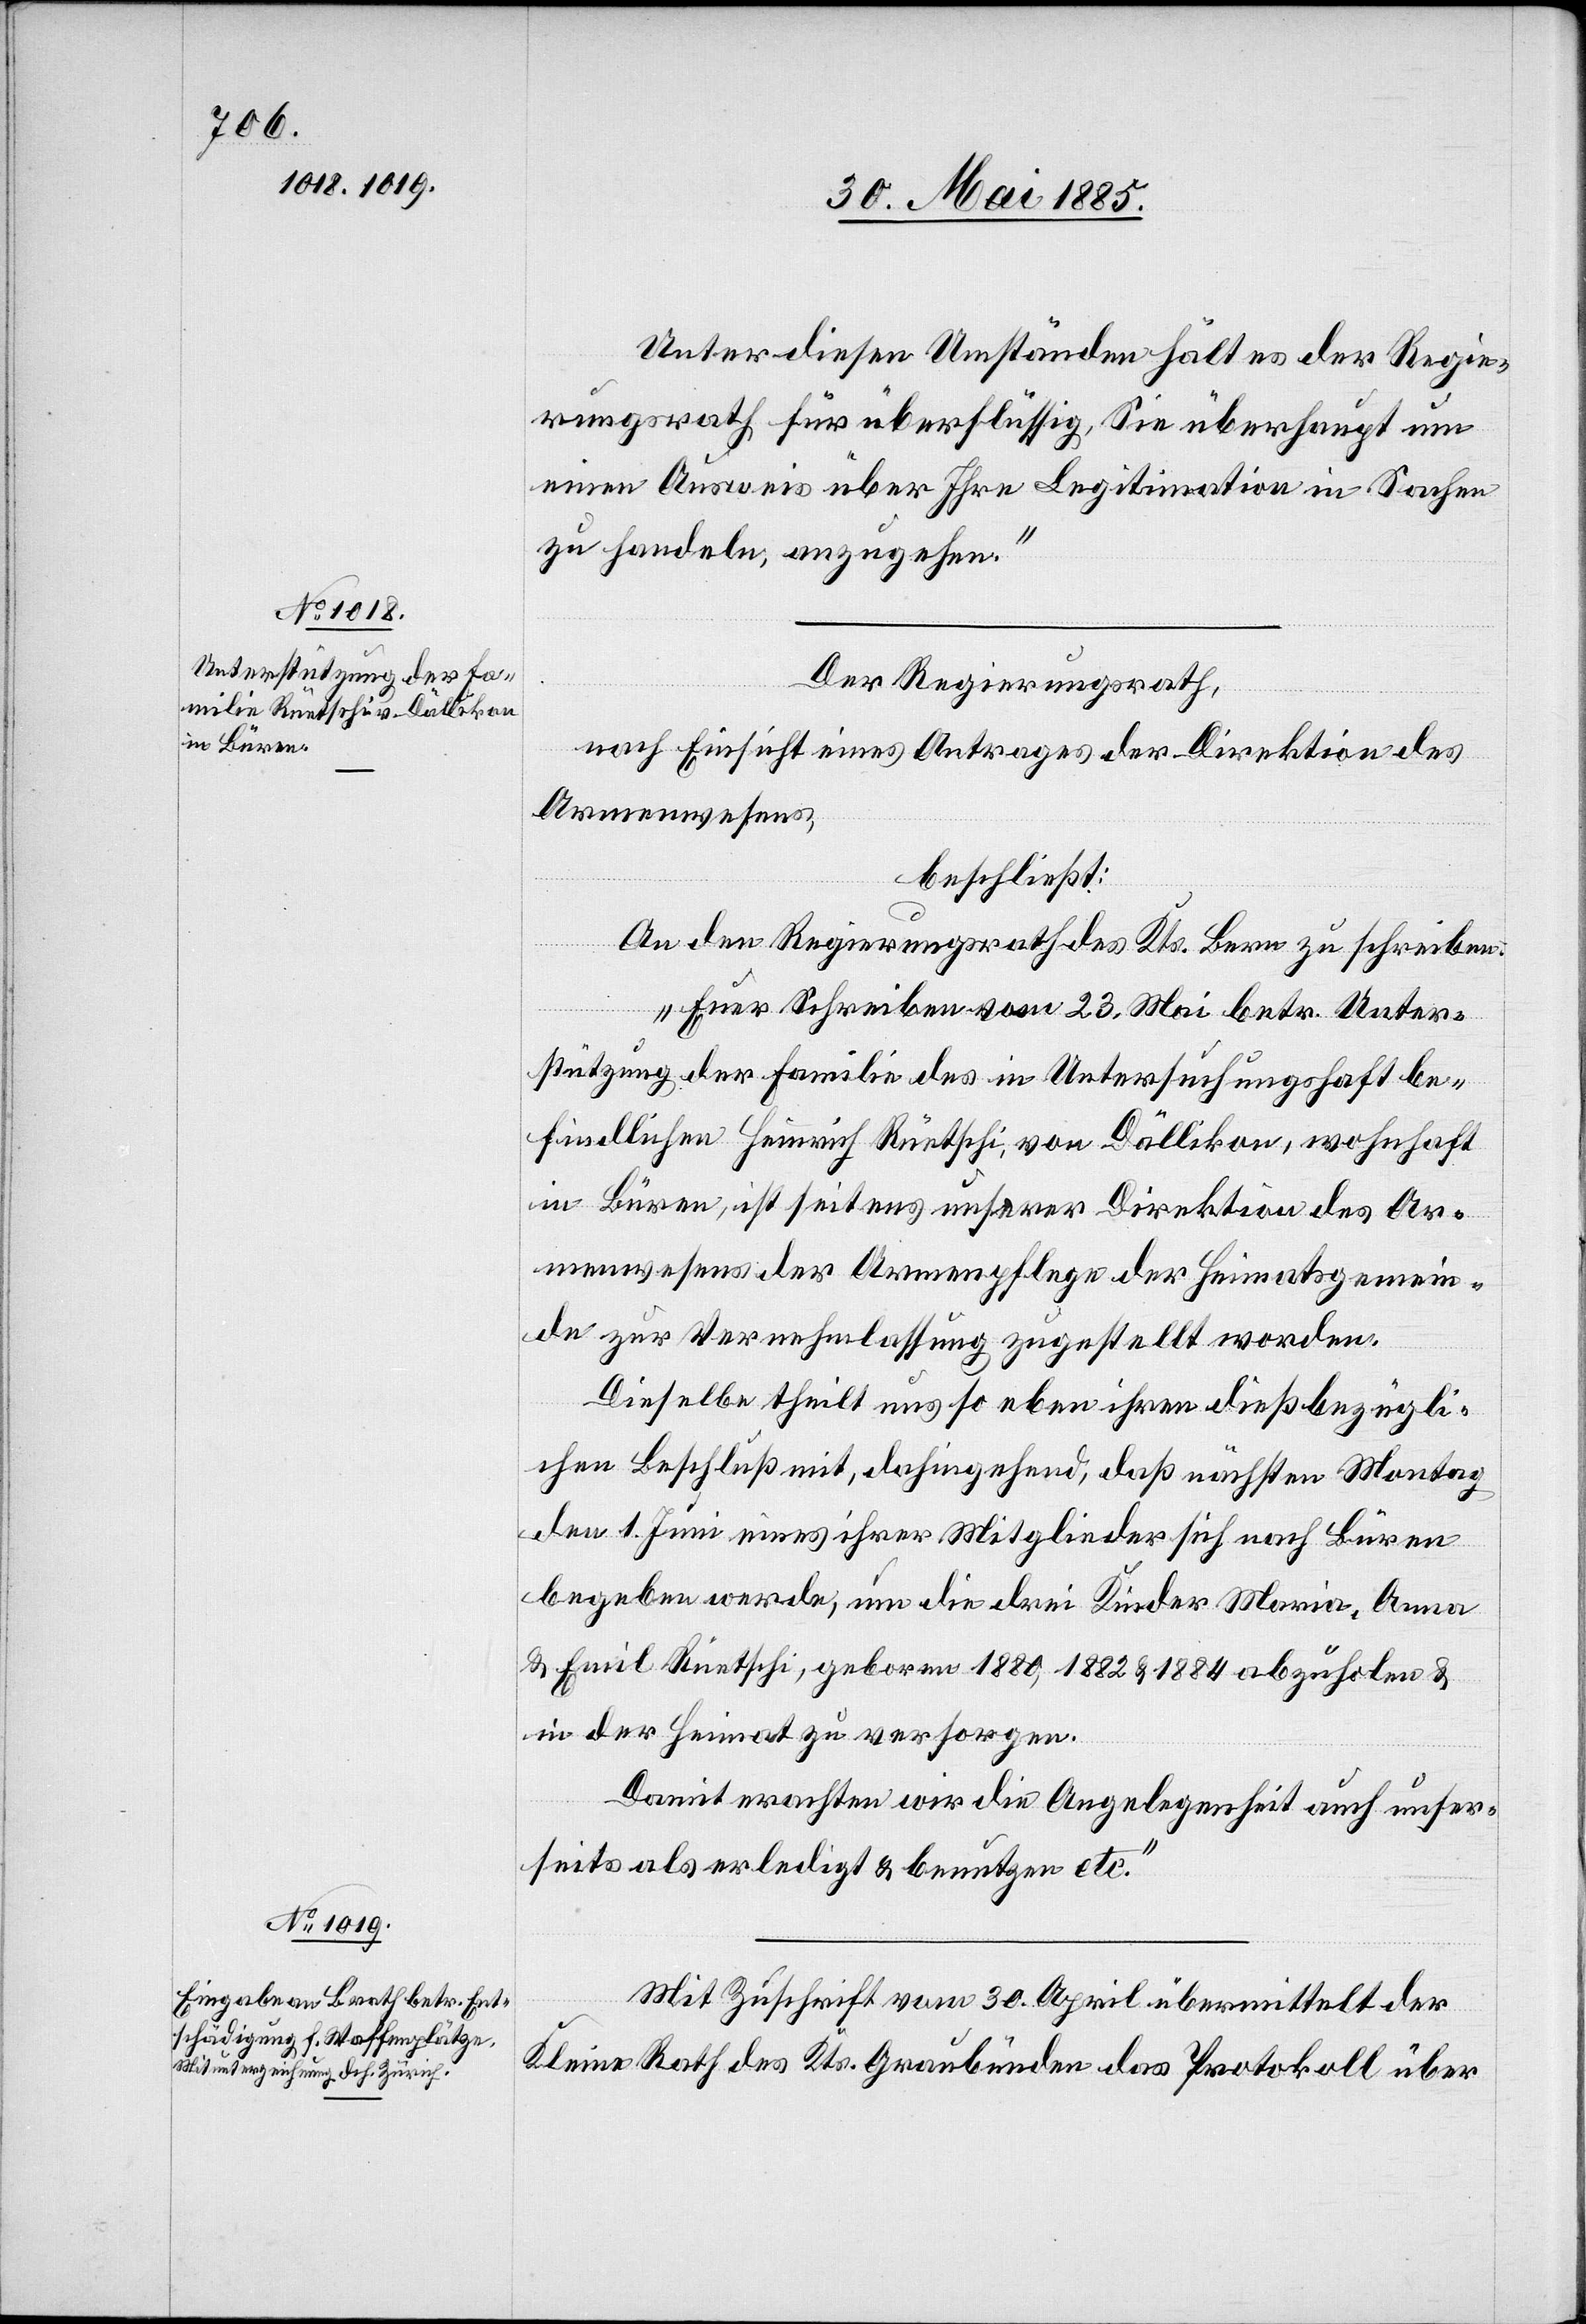
Unter diesen Umständen hält es der Regie¬
rungsrath für überflüssig, Sie überhaupt um
einen Ausweis über Ihre Legitimation in Sachen
zu handeln, anzugehen.“
Der Regierungsrath,
nach Einsicht eines Antrages der Direktion des
Armenwesens,
beschließt:
er¬
An den Regierungsrath des Kts. Bern zu schreiben:
„Euer Schreiben vom 23. Mai betr. Unter¬
stützung der Familie des in Untersuchungshaft be¬
findlichen Heinrich Rüetschi, von Dällikon, wohnhaft
in Büren, ist seitens unserer Direktion des Ar¬
menwesens der Armenpflege der Heimatsgemein¬
de zur Vernehmlassung zugestellt worden.
Dieselbe theilt uns so eben ihren dießbezügli¬
chen Beschluß mit, dahingehend, daß nächsten Montag
den 1. Juni eines ihrer Mitglieder sich nach Büren
begeben werde, um die drei Kinder Maria, Anna
& Emil Rüetschi, geboren 1880, 1882 & 1884 abzuholen &
in der Heimat zu versorgen.
Damit erachten wir die Angelegenheit auch unser¬
seits als erledigt & benutzen etc.“
Mit Zuschrift vom 30. April übermittelt der
Kleine Rath des Kts. Graubünden das Protokoll über